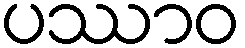
ပဿာဝ